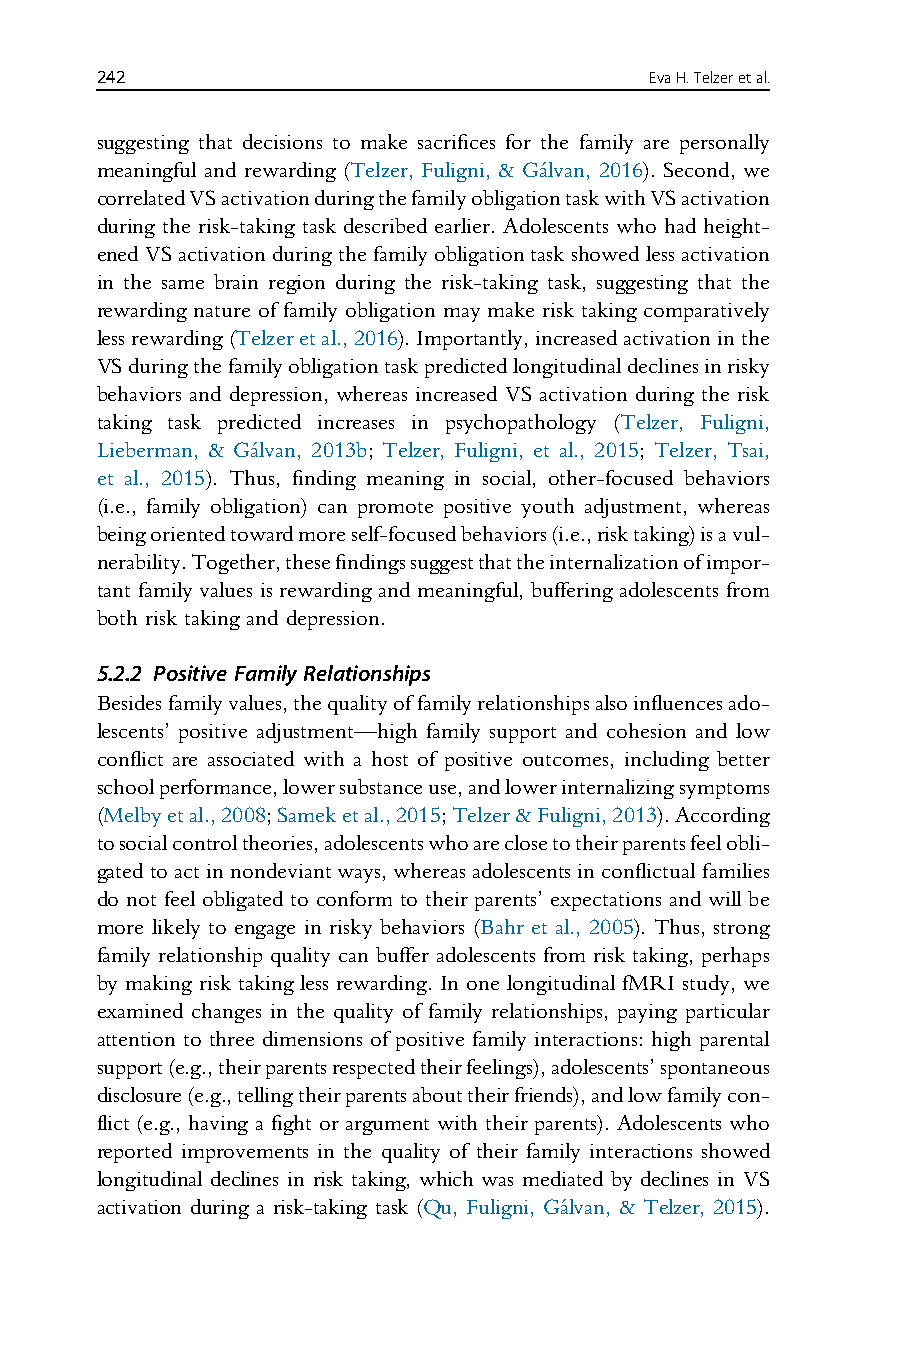
242                                  EvaH.Telzeretal.
 suggesting that decisions to make sacrifices for the family are personally
 meaningful and rewarding (Telzer, Fuligni, & Ga´lvan, 2016). Second, we
 correlatedVSactivationduringthefamilyobligationtaskwithVSactivation
 during the risk-taking task described earlier. Adolescents who had height-
 enedVSactivationduringthefamilyobligationtaskshowedlessactivation
 in the same brain region during the risk-taking task, suggesting that the
 rewarding nature of family obligation may make risk taking comparatively
 lessrewarding(Telzeretal.,2016).Importantly,increasedactivationinthe
 VSduringthefamilyobligationtaskpredictedlongitudinaldeclinesinrisky
 behaviors and depression, whereas increased VS activation during the risk
 taking task predicted increases in psychopathology (Telzer, Fuligni,
 Lieberman, & Ga´lvan, 2013b; Telzer, Fuligni, et al., 2015; Telzer, Tsai,
 et al., 2015). Thus, finding meaning in social, other-focused behaviors
 (i.e., family obligation) can promote positive youth adjustment, whereas
 beingorientedtowardmoreself-focusedbehaviors(i.e.,risktaking)isavul-
 nerability.Together,thesefindingssuggestthattheinternalizationofimpor-
 tant family values is rewarding and meaningful, buffering adolescents from
 both risk taking and depression.
 5.2.2 Positive Family Relationships
 Besidesfamilyvalues,thequalityoffamilyrelationshipsalsoinfluencesado-
 lescents’ positive adjustment—high family support and cohesion and low
 conflict are associated with a host of positive outcomes, including better
 schoolperformance,lowersubstanceuse,andlowerinternalizingsymptoms
 (Melbyetal.,2008;Sameketal.,2015;Telzer&Fuligni,2013).According
 tosocialcontroltheories,adolescentswhoareclosetotheirparentsfeelobli-
 gatedtoactinnondeviantways,whereasadolescentsinconflictualfamilies
 do not feel obligated to conform to their parents’ expectations and will be
 more likely to engage in risky behaviors (Bahr et al., 2005). Thus, strong
 family relationship quality can buffer adolescents from risk taking, perhaps
 by making risk taking less rewarding. In one longitudinal fMRI study, we
 examined changes in the quality of family relationships, paying particular
 attention to three dimensions of positive family interactions: high parental
 support(e.g.,theirparentsrespectedtheirfeelings),adolescents’spontaneous
 disclosure(e.g.,tellingtheirparentsabouttheirfriends),andlowfamilycon-
 flict (e.g., having a fight or argument with their parents). Adolescents who
 reported improvements in the quality of their family interactions showed
 longitudinal declines in risk taking, which was mediated by declines in VS
 activation during a risk-taking task (Qu, Fuligni, Ga´lvan, & Telzer, 2015).